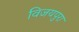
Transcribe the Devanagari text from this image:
विजयपुरा